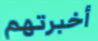
أخبرتهم